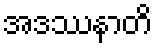
အဒဿနာတိ